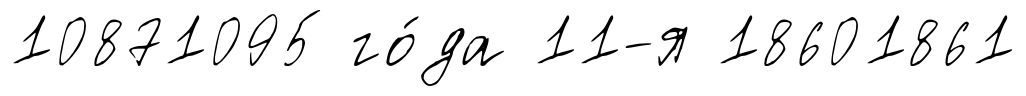
10871095 го́да 11-я 18601861